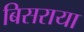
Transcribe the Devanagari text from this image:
बिसराया